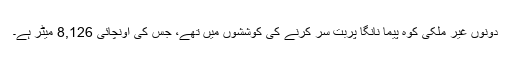
دونوں غير ملکی کوہ پيما نانگا پربت سر کرنے کی کوششوں ميں تھے، جس کی اونچائی 8,126 ميٹر ہے۔